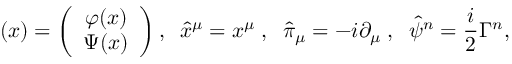
{ \bf \Psi } ( x ) = \left( \begin{array} { c } { { \varphi ( x ) } } \\ { { \Psi ( x ) } } \end{array} \right) , \; \; \hat { x } ^ { \mu } = x ^ { \mu } \; , \; \; \hat { \pi } _ { \mu } = - i \partial _ { \mu } \; , \; \; \hat { \psi } ^ { n } = \frac { i } { 2 } \Gamma ^ { n } ,